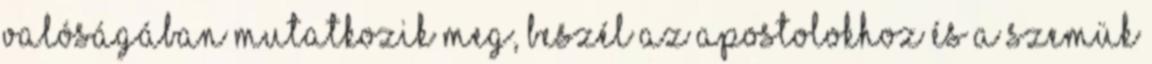
valóságában mutatkozik meg, beszél az apostolokhoz és a szemük